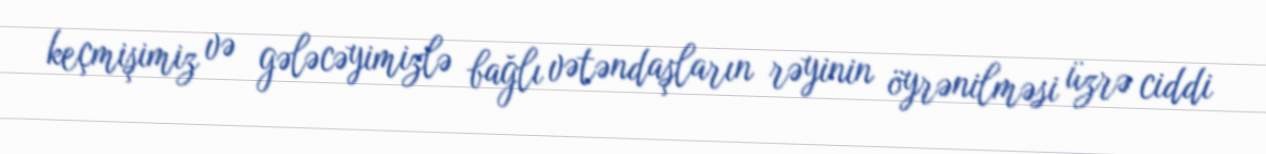
keçmişimiz və gələcəyimizlə bağlı vətəndaşların rəyinin öyrənilməsi üzrə ciddi